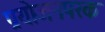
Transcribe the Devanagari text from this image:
प्रयोजनपरक